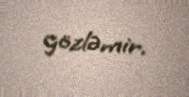
gözləmir.